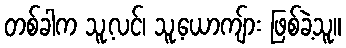
တစ်ခါက သူ့လင်၊ သူ့ယောကျ်ား ဖြစ်ခဲ့သူ။